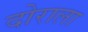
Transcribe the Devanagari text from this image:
दोराला